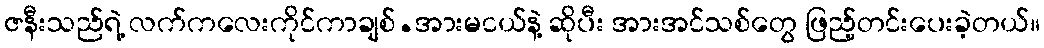
ဇနီးသည်ရဲ့ လက်ကလေးကိုင်ကာချစ်.အားမငယ်နဲ့ ဆိုပီး အားအင်သစ်တွေ ဖြည့်တင်းပေးခဲ့တယ်။